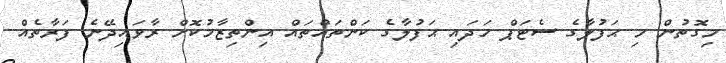
މިގޮތުން މި ޙަފުލާގެ ސެޓަޕް ހަދައި ޙަފުލާގެ ކަންތައްތައް އިންތިޒާމުކޮށް ރާވައިދޭނެ ފަރާތެއް